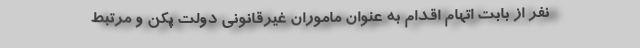
نفر از بابت اتهام اقدام به عنوان ماموران غیرقانونی دولت پکن و مرتبط